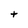
Character: t